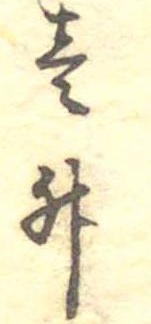
壱升